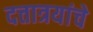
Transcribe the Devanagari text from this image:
दत्तात्रयांचे